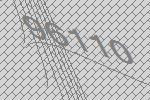
96110